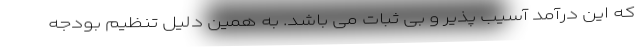
که این درآمد آسیب پذیر و بی ثبات می باشد. به همین دلیل تنظیم بودجه